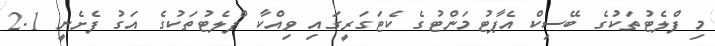
މި ފްލެޓުތަކުގެ ބޭސިކް އެޕާޓުމަންޓުގެ ކެޓަގަރީގައި ވިއްކާ ފްލެޓުތަކުގެ އަގު ފެށެނީ 2.1